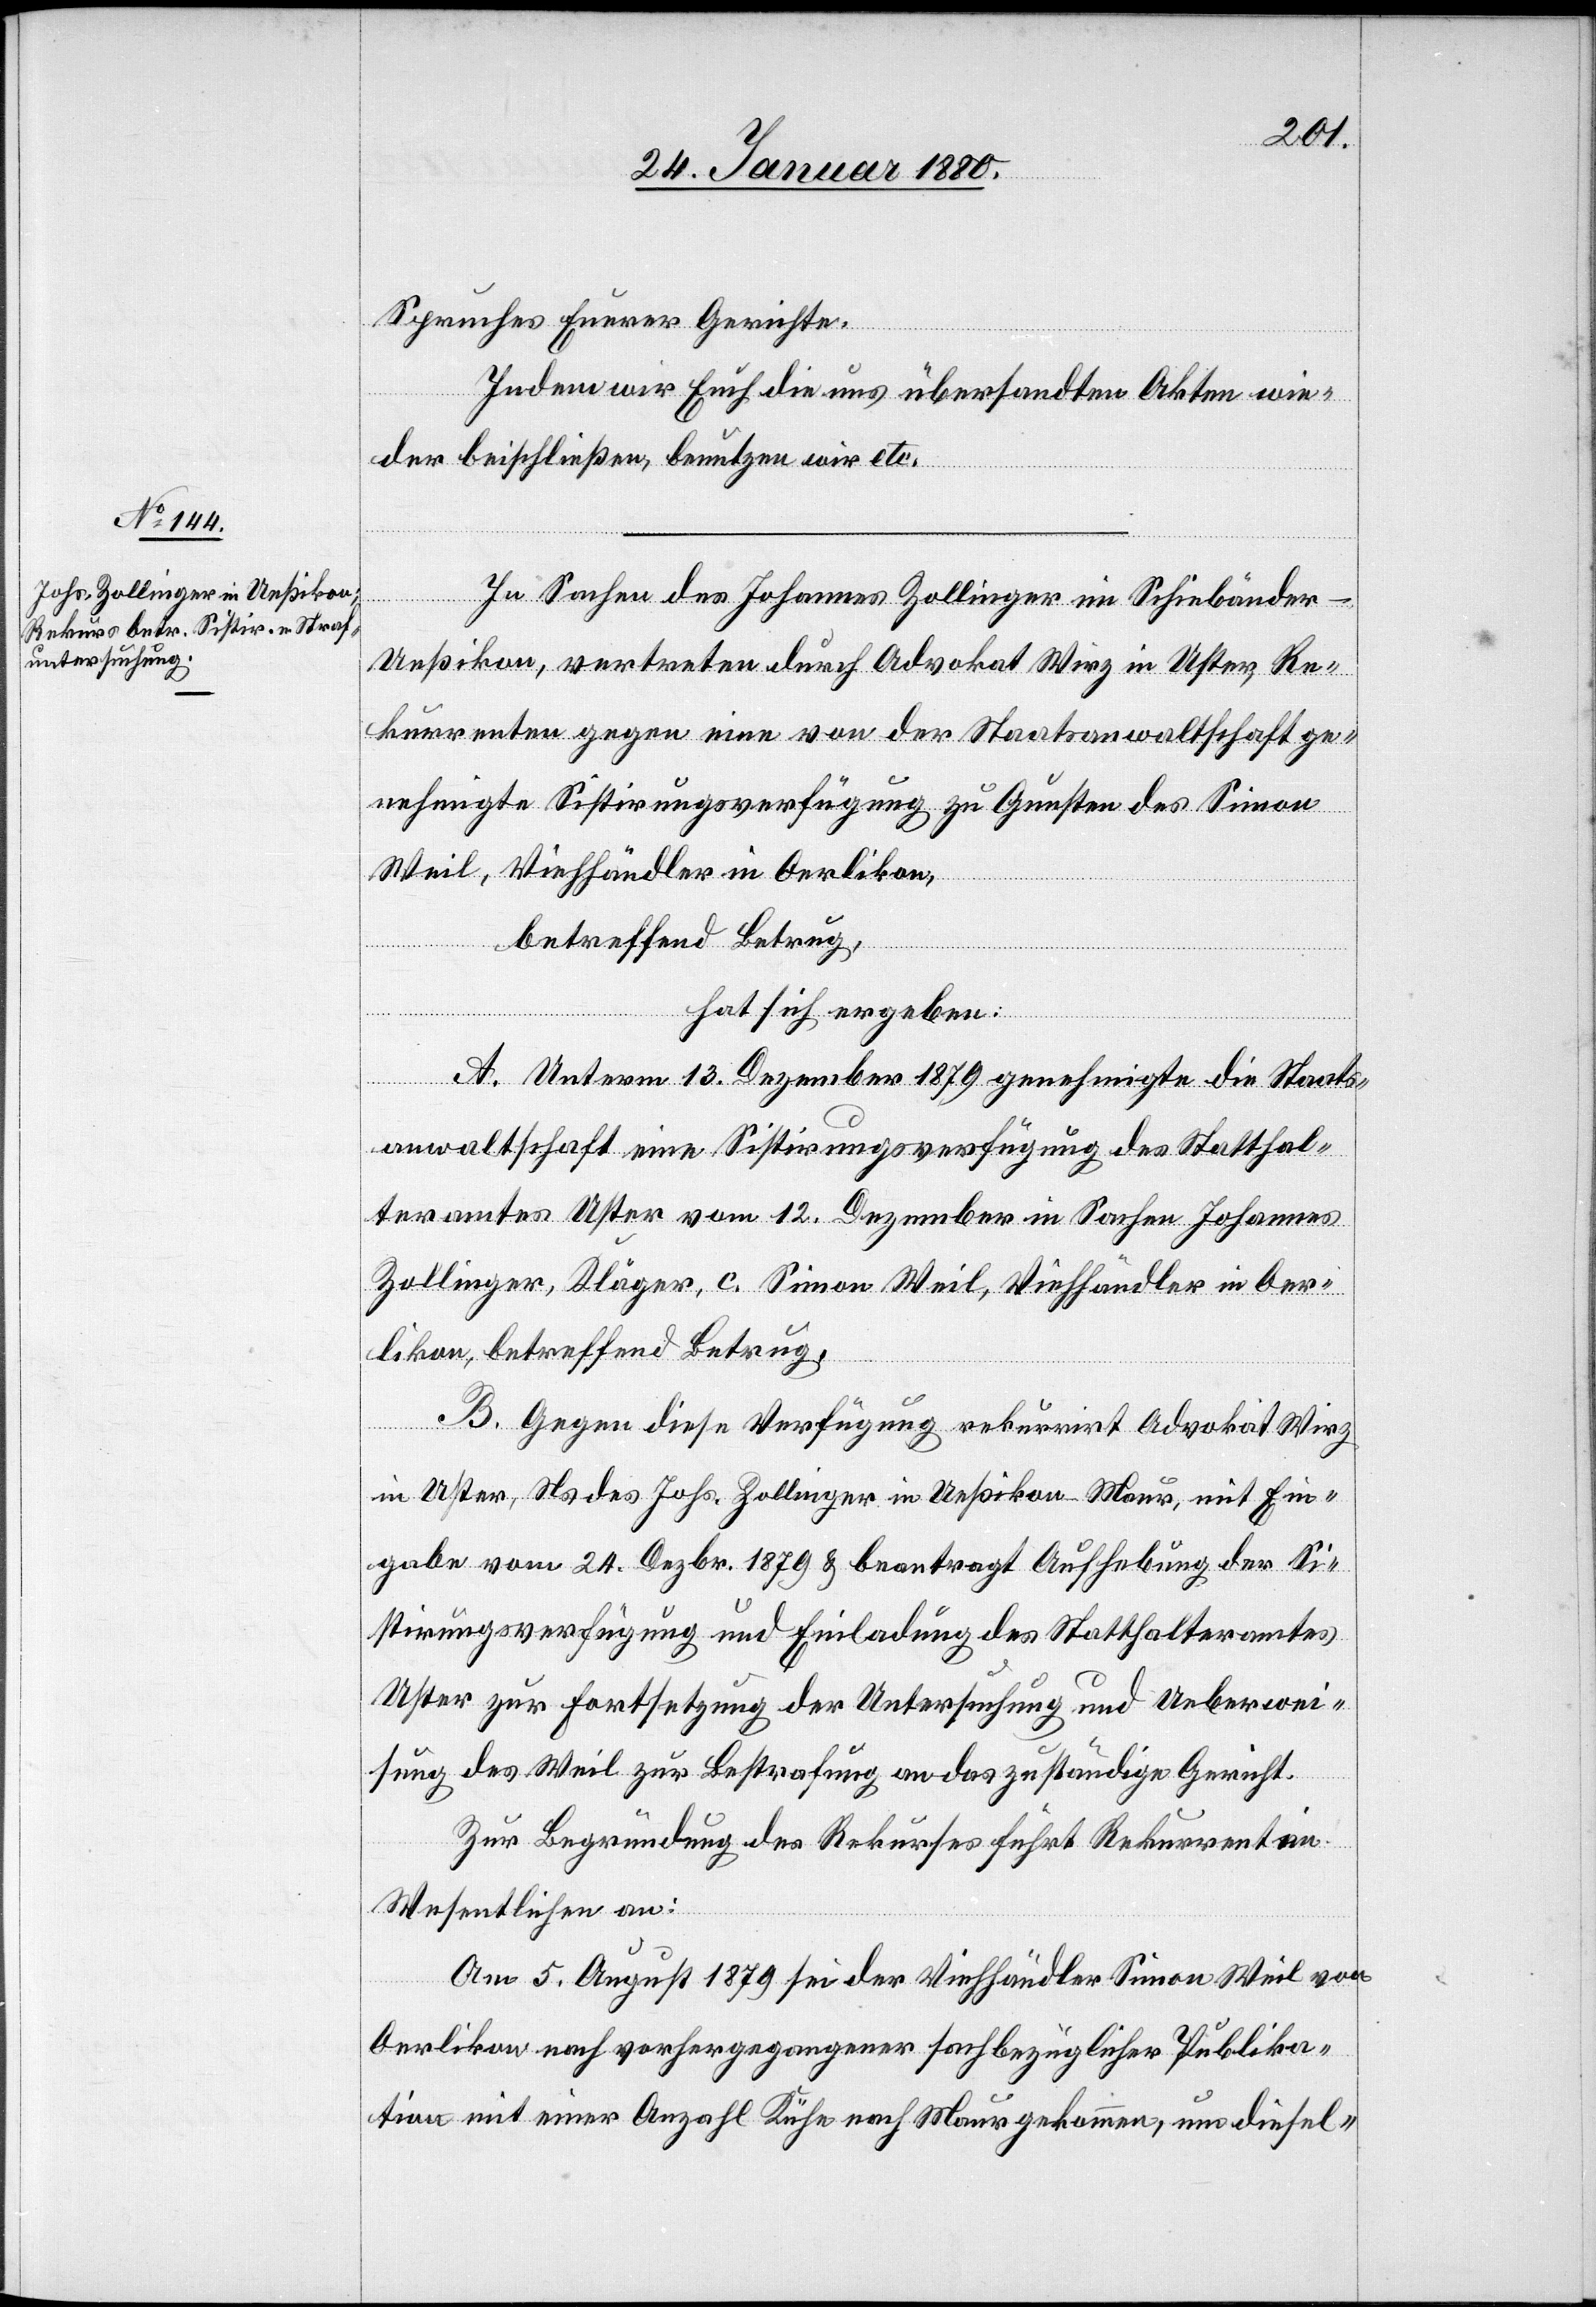
Spruches Eurer Gerichte.
Indem wir Euch die uns übersandten Akten wie¬
der beischließen, benutzen wir etc.
In Sachen des Johannes Zollinger im Schiebänder
Ueßikon, vertreten durch Advokat Wirz in Uster, Re¬
kurrenten gegen eine von der Staatsanwaltschaft ge¬
nehmigte Sistirungsverfügung zu Gunsten des Simon
Weil, Viehhändler in Oerlikon,
betreffend Betrug,
hat sich ergeben:
A. Unterm 13. Dezember 1879 genehmigte die Staats¬
anwaltschaft eine Sistirungsverfügung des Statthal¬
teramtes Uster vom 12. Dezember in Sachen Johannes
Zollinger, Kläger, c. Simon Weil, Viehhändler in Oer¬
likon, betreffend Betrug.
B. Gegen diese Verfügung rekurrirt Advokat Wirz
in Uster, Ns. des Johs. Zollinger in Ueßikon - Maur, mit Ein¬
gabe vom 24. Dezbr. 1879 & beantragt Aufhebung der Si¬
stirungsverfügung und Einladung des Statthalteramtes
Uster zur Fortsetzung der Untersuchung und Ueberwei¬
sung des Weil zur Bestrafung an das zuständige Gericht.
Zur Begründung des Rekurses führt Rekurrent im
Wesentlichen an:
Am 5. August 1879 sei der Viehhändler Simon Weil von
Oerlikon nach vorhergegangener sachbezüglicher Publika¬
tion mit einer Anzahl Kühe nach Maur gekommen, um diesel-